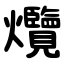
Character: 爦